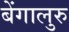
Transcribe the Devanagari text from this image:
बेंगालुरु